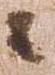
々